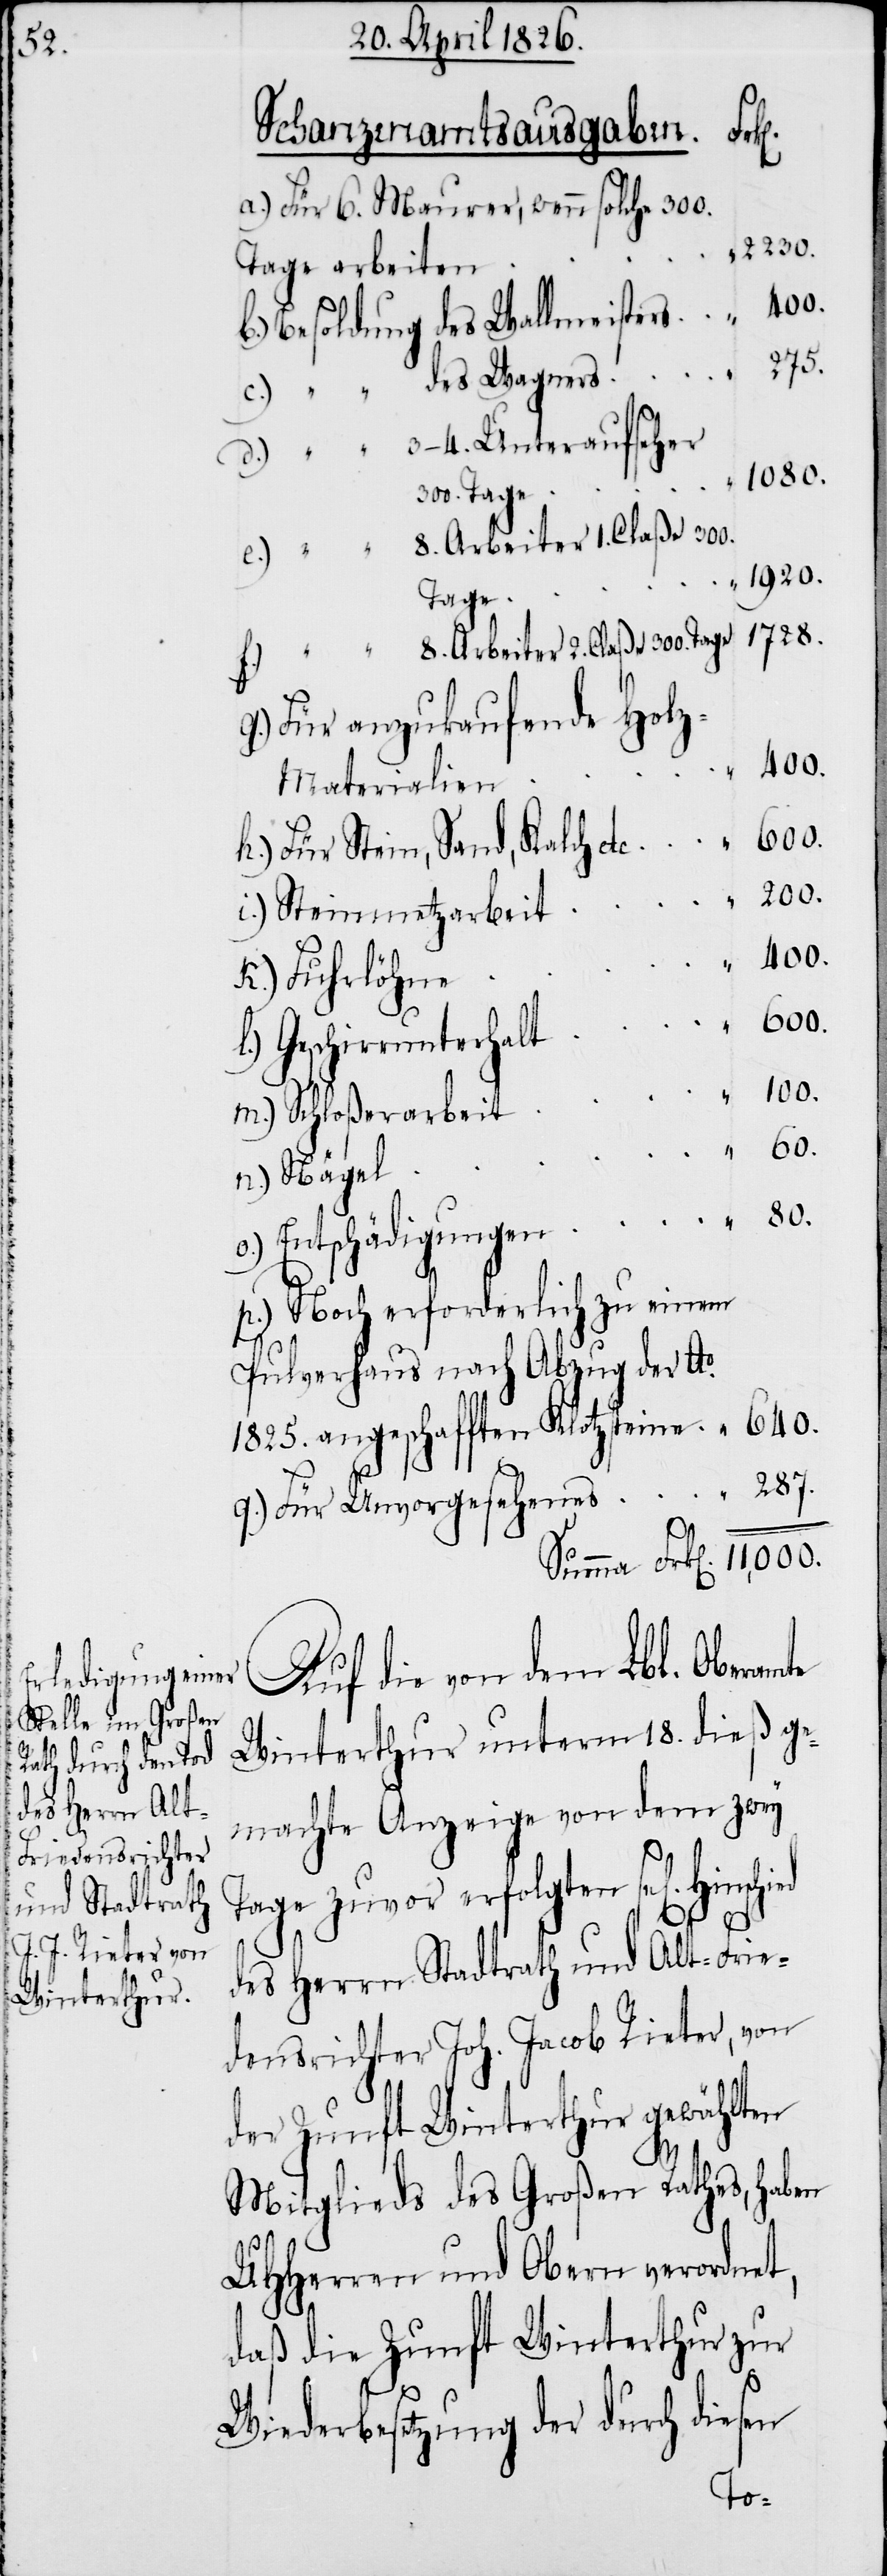
te
Schanzenamtsausgaben.
a.) Für 6. Maurer, wenn solche 300.
2230.
Tage arbeiten
11,000.
80.
287.
3–4.
1080.
Tage
1728.
8. Arbeiter 2. Claße 300.
g.) Für anzukaufende Hol¬
z-Materialien
h.) Für Stein, Sand, Kalch etc.
i.) Steinmetzarbeit
k.) Fuhrlöhne
l.) Geschirrunterhalt
m.) Schloßerarbeit
n.) Nägel
p.) Noch erforderlich zu einem
Pulverhaus nach Abzug der Ao.
1825. angeschafften Klotzsteine
q.) Für Unvorgesehenes
Auf die von dem Lbl. Oberam¬
Winterthur unterm 18. dieß ge¬
machte Anzeige von dem zwey
Tage zuvor erfolgten sel[igen]
des Herrn Stadtrath und Alt-Frie¬
densrichter Joh. Jacob Rieter, von
der Zunft Winterthur gewählten
Mitglieds des Großen Rathes, haben
UHHerren und Obern verordnet,
daß die Zunft Winterthur zur
Wiederbesetzung der durch diesen